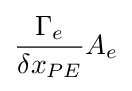
{\frac {\Gamma _{e}}{\delta x_{PE}}}A_{e}